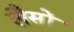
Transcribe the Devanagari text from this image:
लैसों